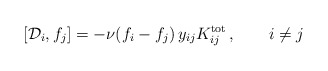
\begin{align*} \left [ {\cal D}_i, f _j \right ] =-\nu(f_i -f_j )\,y_{ij}K_{ij}^{{\rm tot}}\,,\qquad i\ne j\end{align*}